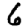
Digit: 6